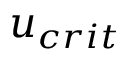
u _ { c r i t }